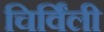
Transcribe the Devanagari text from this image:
चिर्विंली